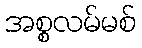
အစ္စလမ်မစ်